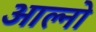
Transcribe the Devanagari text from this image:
आल्नो